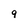
Character: 9